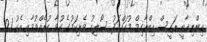
އިންތިޚާބީ ރައީސް އިބްރާހިމް މުހައްމަދު ސޯލިހު ވެރިކަމުގެ ހުވާ ކުރެއްވުމާއި އެކު 21